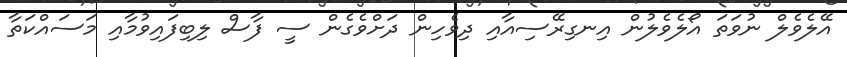
އޭލެވެލް ނުވަތަ އޯލެވެލުން އިނގިރޭސިއާއި ދިވެހިން ދަށްވެގެން ސީ ފާސް ލިބިފައިވުމާއި މަސައްކަތާ